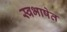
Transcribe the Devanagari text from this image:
स्वभाषेत